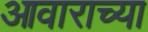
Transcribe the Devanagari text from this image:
आवाराच्या